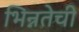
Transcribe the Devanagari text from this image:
भिन्नतेची